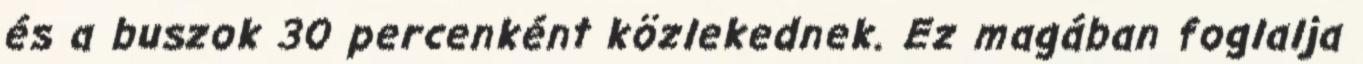
és a buszok 30 percenként közlekednek. Ez magában foglalja